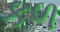
કળ